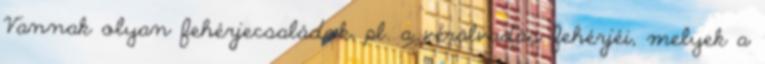
Vannak olyan fehérjecsaládok, pl. a véralvadás fehérjéi, melyek a